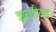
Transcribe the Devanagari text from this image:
इनहेल्ड